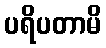
ပရိပတာမိ